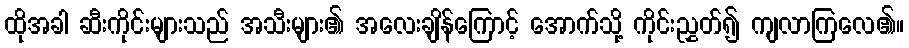
ထိုအခါ ဆီးကိုင်းများသည် အသီးများ၏ အလေးချိန်ကြောင့် အောက်သို့ ကိုင်းညွှတ်၍ ကျလာကြလေ၏။